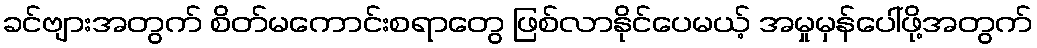
ခင်ဗျားအတွက် စိတ်မကောင်းစရာတွေ ဖြစ်လာနိုင်ပေမယ့် အမှုမှန်ပေါ်ဖို့အတွက်